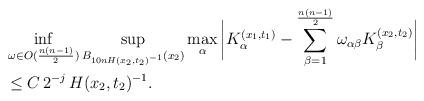
LaTeX: \begin{align*} &\inf_{\omega \in O(\frac{n(n-1)}{2})} \sup_{B_{10n H(x_2,t_2)^{-1}}(x_2)} \max_\alpha \bigg | K_\alpha^{(x_1,t_1)} - \sum_{\beta=1}^{\frac{n(n-1)}{2}} \omega_{\alpha\beta} K_\beta^{(x_2,t_2)} \bigg | \\ &\leq C \, 2^{-j} \, H(x_2,t_2)^{-1}. \end{align*}